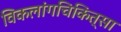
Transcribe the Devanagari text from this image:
विकलांगचिकित्सा